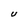
Character: U